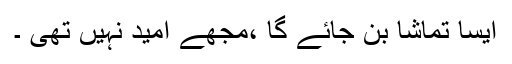
ایسا تماشا بن جائے گا ،مجھے امید نہیں تھی ۔